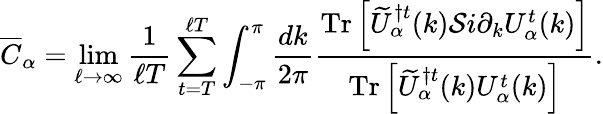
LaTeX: \overline{{C}}_{\alpha}=\operatorname*{lim}_{\ell\rightarrow\infty}\frac{1}{\ell T}\sum_{t=T}^{\ell T}\int_{-\pi}^{\pi}\frac{dk}{2\pi}\frac{\mathrm{Tr}\left[\widetilde{U}_{\alpha}^{\dagger t}(k){\cal S}i\partial_{k}U_{\alpha}^{t}(k)\right]}{\mathrm{Tr}\left[\widetilde{U}_{\alpha}^{\dagger t}(k)U_{\alpha}^{t}(k)\right]}.